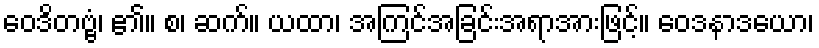
ဝေဒိတဗ္ဗံ၊ ၏။ စ၊ ဆက်။ ယထာ၊ အကြင်အခြင်းအရာအားဖြင့်။ ဝေဒနာဒယော၊